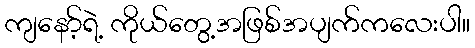
ကျနော့်ရဲ့ ကိုယ်တွေ့အဖြစ်အပျက်ကလေးပါ။